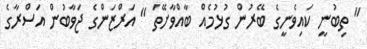
" ތިބުނީ ކައިވެނީގެ ބޭރުން ގުޅުމެއް ބާއްވާށޭތަ " އަރްޒަންގެ ޖަވާބުން އަސްރާގެ